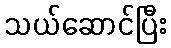
သယ်ဆောင်ပြီး